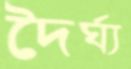
দৈর্ঘ্য